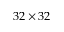
3 2 \times 3 2